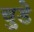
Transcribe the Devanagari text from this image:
चुडे